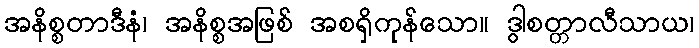
အနိစ္စတာဒီနံ၊ အနိစ္စအဖြစ် အစရှိကုန်သော။ ဒွါစတ္တာလီသာယ၊